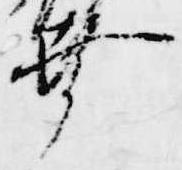
幸